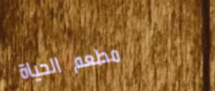
مطعم الحياة